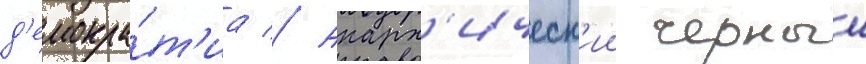
д'емокра́т'иа // Анарх'ическ'ии черныи